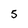
Character: 5